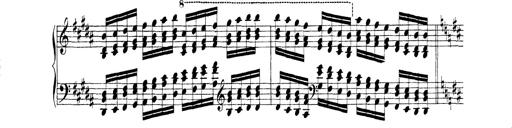
Title: Technische Studien
Composer: Franz Liszt